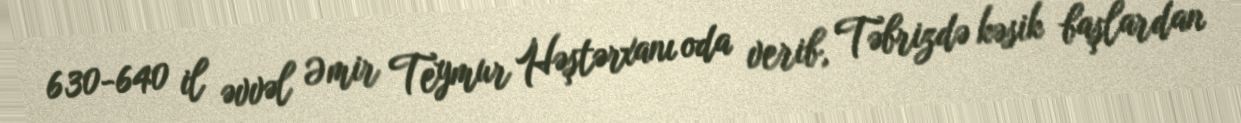
630-640 il əvvəl Əmir Teymur Həştərxanı oda verib, Təbrizdə kəsik başlardan